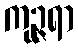
ကုဉ္ဇရာ